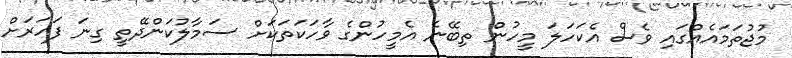
މުޖުތަމައެއްގައި ވެސް އެކަހަލަ މީހުން ތިބޭނެ އެމީހުންގެ ވާހަކަތަކަށް ސަމާލުކަންދޭތީ ގިނަ ފަހަރަށް